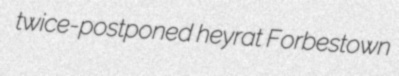
twice-postponed heyrat Forbestown